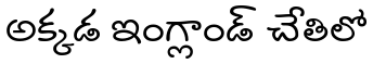
అక్కడ ఇంగ్లాండ్ చేతిలో